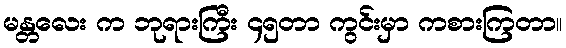
မန္တလေး က ဘုရားကြီး ၄၅တာ ကွင်းမှာ ကစားကြတာ။